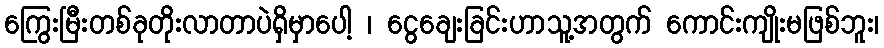
ကြွေးမြီးတစ်ခုတိုးလာတာပဲရှိမှာပေါ့ ၊ ငွေချေးခြင်းဟာသူ့အတွက် ကောင်းကျိုးမဖြစ်ဘူး၊